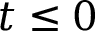
t \le 0